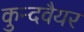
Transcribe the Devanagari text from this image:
कुन्दवैयर